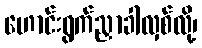
ဟောင်းရွက်ညှာခါလှစ်လို့၊